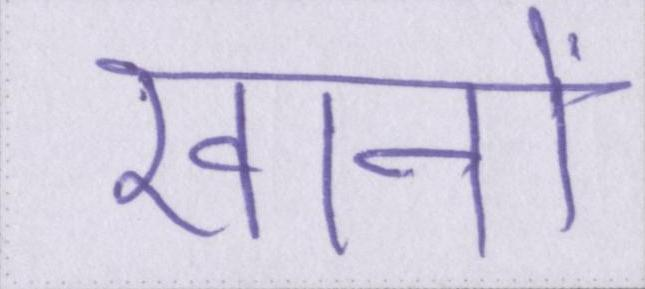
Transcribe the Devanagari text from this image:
खानों